Report of the Indian Hemp Drugs Commission, 1894-1895 - Volume IV
Year: 1894
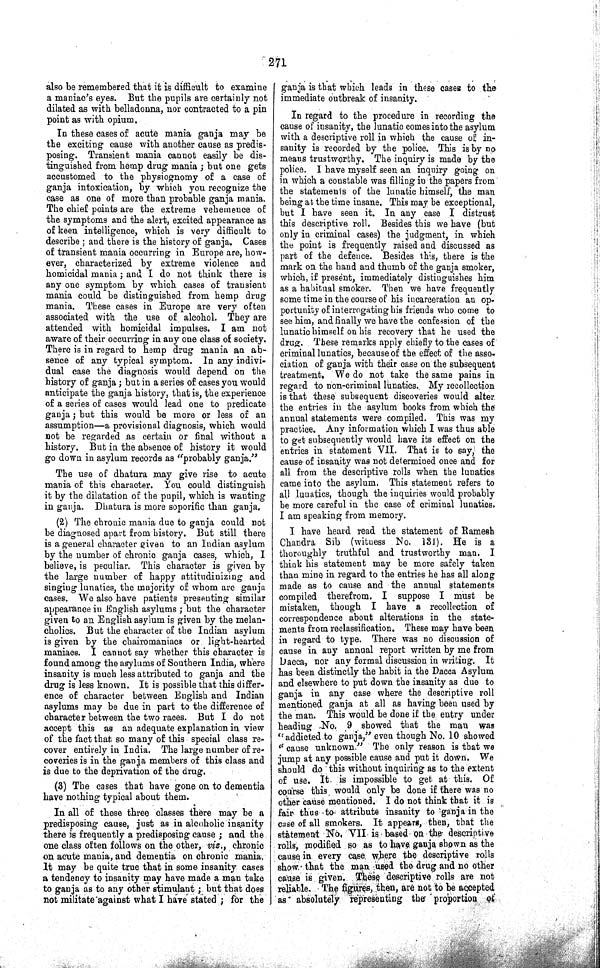
271
also be remembered that it is difficult to examine
a maniac's eyes. But the pupils are certainly not
dilated as with belladonna, nor contracted to a pin
point as with opium.
In these cases of acute mania ganja may be
the exciting cause with another cause as predis-
posing. Transient mania cannot easily be dis-
tinguished from hemp drug mania; but one gets
accustomed to the physiognomy of a case of
ganja intoxication, by which you recognize the
case as one of more than probable ganja mania.
The chief points are the extreme vehemence of
the symptoms and the alert, excited appearance as
of keen intelligence, which is very difficult to
describe; and there is the history of ganja. Cases
of transient mania occurring in Europe are, how-
ever, characterized by extreme violence and
homicidal mania; and I do not think there is
any one symptom by which cases of transient
mania could be distinguished from hemp drug
mania. These cases in Europe are very often
associated with the use of alcohol. They are
attended with homicidal impulses. I am not
aware of their occurring in any one class of society.
There is in regard to hemp drug mania an ab-
sence of any typical symptom. In any indivi-
dual case the diagnosis would depend on the
history of ganja; but in a series of cases you would
anticipate the ganja history, that is, the experience
of a series of cases would lead one to predicate
ganja; but this would be more or less of an
assumption—a provisional diagnosis, which would
not be regarded as certain or final without a
history. But in the absence of history it would
go down in asylum records as "probably ganja."
The use of dhatura may give rise to acute
mania of this character. You could distinguish
it by the dilatation of the pupil, which is wanting
in ganja. Dhatura is more soporific than ganja.
(2) The chronic mania due to ganja could not
be diagnosed apart from history. But still there
is a general character given to an Indian asylum
by the number of chronic ganja cases, which, I
believe, is peculiar. This character is given by
the large number of happy attitudinizing and
singing lunatics, the majority of whom are ganja
cases. We also have patients presenting similar
appearance in English asylums; but the character
given to an English asylum is given by the melan-
cholics. But the character of the Indian asylum
is given by the chairomaniacs or light-hearted
maniacs. I cannot say whether this character is
found among the asylums of Southern India, where
insanity is much less attributed to ganja and the
drug is less known. It is possible that this differ-
ence of character between English and Indian
asylums may be due in part to the difference of
character between the two races. But I do not
accept this as an adequate explanation in view
of the fact that so many of this special class re-
cover entirely in India. The large number of re-
coveries is in the ganja members of this class and
is due to the deprivation of the drug.
(3) The cases that have gone on to dementia
have nothing typical about them.
In all of these three classes there may be a
predisposing cause, just as in alcoholic insanity
there is frequently a predisposing cause; and the
one class often follows on the other, viz., chronic
on acute mania, and dementia on chronic mania.
It may be quite true that in some insanity cases
a tendency to insanity may have made a man take
to ganja as to any other stimulant; but that does
not militate against what I have stated; for the
ganja is that which leads in these cases to the
immediate outbreak of insanity.
In regard to the procedure in recording the
cause of insanity, the lunatic comes into the asylum
with a descriptive roll in which the cause of in-
sanity is recorded by the police. This is by no
means trustworthy. The inquiry is made by the
police. I have myself seen an inquiry going on
in which a constable was filling in the papers from
the statements of the lunatic himself, the man
being at the time insane. This may be exceptional,
but I have seen it. In any case I distrust
this descriptive roll. Besides this we have (but
only in criminal cases) the judgment, in which
the point is frequently raised and discussed as
part of the defence. Besides this, there is the
mark on the hand and thumb of the ganja smoker,
which, if present, immediately distinguishes him
as a habitual smoker. Then we have frequently
some time in the course of his incarceration an op-
portunity of interrogating his friends who come to
see him, and finally we have the confession of the
lunatic himself on his recovery that he used the
drug. These remarks apply chiefly to the cases of
criminal lunatics, because of the effect of the asso-
ciation of ganja with their case on the subsequent
treatment. We do not take the same pains in
regard to non-criminal lunatics. My recollection
is that these subsequent discoveries would alter.
the entries in the asylum books from which the
annual statements were compiled. This was my
practice. Any information which I was thus able
to get subsequently would have its effect on the
entries in statement VII. That is to say, the
cause of insanity was not determined once and for
all from the descriptive rolls when the lunatics
came into the asylum. This statement refers to
all lunatics, though the inquiries would probably
be more careful in the case of criminal lunatics.
I am speaking from memory.
I have heard read the statement of Ramesh
Chandra Sib (witness No. 131). He is a
thoroughly truthful and trustworthy man. I
think his statement may be more safely taken
than mine in regard to the entries he has all along
made as to cause and the annual statements
compiled therefrom. I suppose I must be
mistaken, though I have a recollection of
correspondence about alterations in the state-
ments from reclassification. These may have been
in regard to type. There was no discussion of
cause in any annual report written by me from
Dacca, nor any formal discussion in writing. It
has been distinctly the habit in the Dacca Asylum
and elsewhere to put down the insanity as due to
ganja in any case where the descriptive roll
mentioned ganja at all as having been used by
the man. This would be done if the entry under
heading No. 9 showed that the man was
"addicted to ganja," even though No. 10 showed
"cause unknown." The only reason is that we
jump at any possible cause and put it down. We
should do this without inquiring as to the extent
of use. It is impossible to get at this. Of
course this would only be done if there was no
other cause mentioned. I do not think that it is
fair thus to attribute insanity to ganja in the
case of all smokers. It appears, then, that the
statement No. VII is based on the descriptive
rolls, modified so as to have ganja shown as the
cause in every case where the descriptive rolls
show that the man used the drug and no other
cause is given. These descriptive rolls are not
reliable. The figures, then, are not to be accepted
as absolutely representing the proportion of